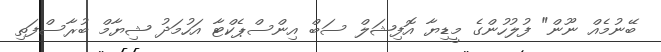
ބޭނުމެއް ނޫން" ފުލުހުންގެ މީޑިޔާ އޮފިޝަލް ސަބް އިންސްޕެކްޓާ އަހުމަދު ޝިޔާމް ބުރާސްފަތި